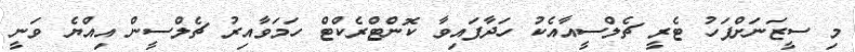
މި ސީޒަނަށްފަހު ޓެރީ ޗެލްސީއާއެކު ހަދާފައިވާ ކޮންޓްރެކްޓް ހަމަވާއިރު ޗެލްސީން އިއްޔެ ވަނީ